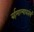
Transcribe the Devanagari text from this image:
बर्हमाल्यावतंसं